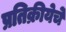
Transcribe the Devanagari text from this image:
प्रतिक्रीयेचे